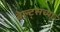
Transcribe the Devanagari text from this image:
बेल्ट्सच्या